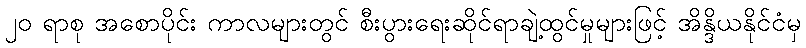
၂၀ ရာစု အစောပိုင်း ကာလများတွင် စီးပွားရေးဆိုင်ရာချဲ့ထွင်မှုများဖြင့် အိန္ဒိယနိုင်ငံမှ